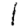
Digit: 1